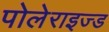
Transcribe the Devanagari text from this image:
पोलेराइज्ड